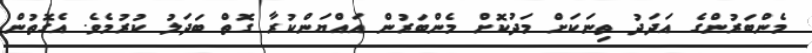
މެންބަރުންގެ އަދަދު ތިނަކަށް މަދުކޮށް މެންބަރުން އައްޔަންކުރާ ގޮތް ބަދަލު ކުރުމެވެ. އެގޮތުން